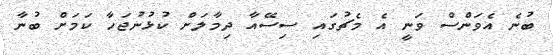
ބުނެ އެވަންސް ވަނީ އެ މެޗުގައި ސިސޭއާ ދިމާލަށް ކުޅުނުޖަހާ ކަމަށް ބުނާ